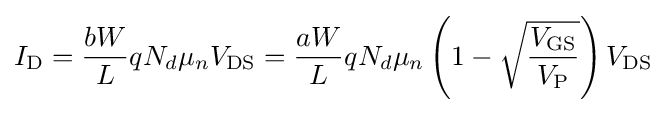
I_{\text{D}}={\frac {bW}{L}}qN_{d}\mu _{n}V_{\text{DS}}={\frac {aW}{L}}qN_{d}\mu _{n}\left(1-{\sqrt {\frac {V_{\text{GS}}}{V_{\text{P}}}}}\right)V_{\text{DS}}